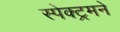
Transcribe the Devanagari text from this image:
स्पेक्ट्रमने